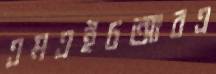
এমএইচআরএ